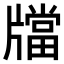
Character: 𤗾